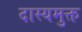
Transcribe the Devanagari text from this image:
दास्यमुक्त